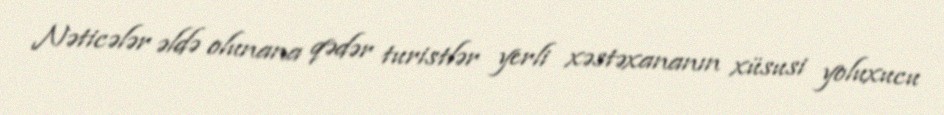
Nəticələr əldə olunana qədər turistlər yerli xəstəxananın xüsusi yoluxucu